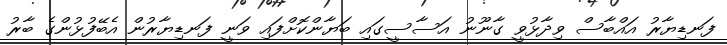
ފަނޑިޔާރު އައްބާސް ވިދާޅުވީ ގާނޫނު އަސާސީގައި ބަޔާންކޮށްފައި ވަނީ ފަނޑިޔާރުން އެބޭފުޅުންގެ ބާރު